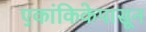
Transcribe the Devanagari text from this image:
एकांकिकेपासून